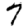
Digit: 7